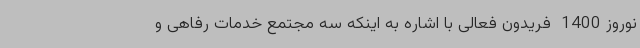
نوروز 1400 ‌ فریدون فعالی با اشاره به اینکه سه مجتمع خدمات رفاهی و